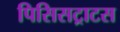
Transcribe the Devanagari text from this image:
पिसिसट्राटस